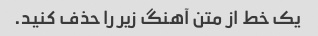
یک خط از متن آهنگ زیر را حذف کنید.